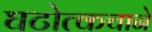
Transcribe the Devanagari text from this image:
घटोत्कचाने